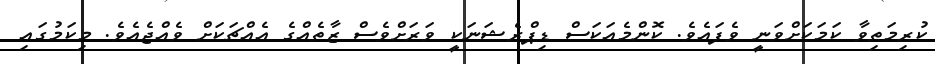
ކުރިމަތިވާ ކަމަކަށްވަނީ ވެފައެވެ. ކޮންމެއަކަސް ޑިޕްރެޝަނަކީ ވަރަށްވެސް ޒާތެއްގެ އެއްޗަކަށް ވެއްޖެއެވެ. މިކަމުގައި